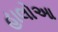
હાલોઆ